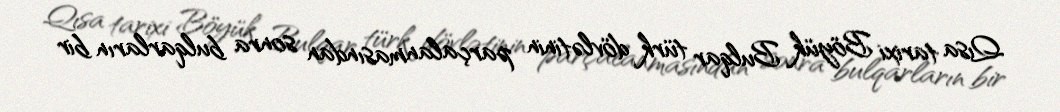
Qısa tarixi Böyük Bulqar türk dövlətinin parçalanmasından sonra bulqarların bir